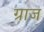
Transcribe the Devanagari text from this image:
ग्राज